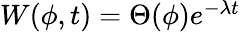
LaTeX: \begin{array}{r}{W(\phi,t)=\Theta(\phi)e^{-\lambda t}}\end{array}